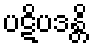
ပဋိပဒန္တိ